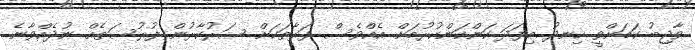
ވާޖިބު ކަމަށްވީ ހިނދު މިފަދަ ކަންކަންކުރުމަށް އެއްވެސް ފަރާތަކަށް ސަރުކާރުން ފުރުސަތެއް ނުދެއްވާނެ